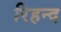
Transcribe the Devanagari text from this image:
रिहन्‍द